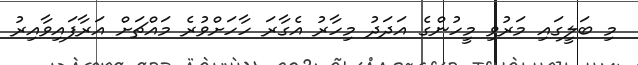
މި ބަލީގައި މަރުވި މީހުންގެ އަދަދު މިހާރު އެގާރަ ހާހަށްވުރެ މައްޗަށް އަރާފައިވާއިރު